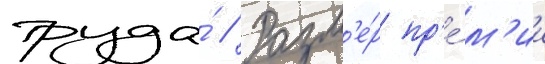
труда́ // Разм'е́р пр'е́м'ии